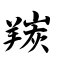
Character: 羰